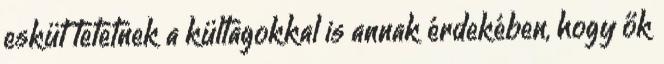
esküt tetetnek a kültagokkal is annak érdekében, hogy ők